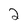
Character: 2